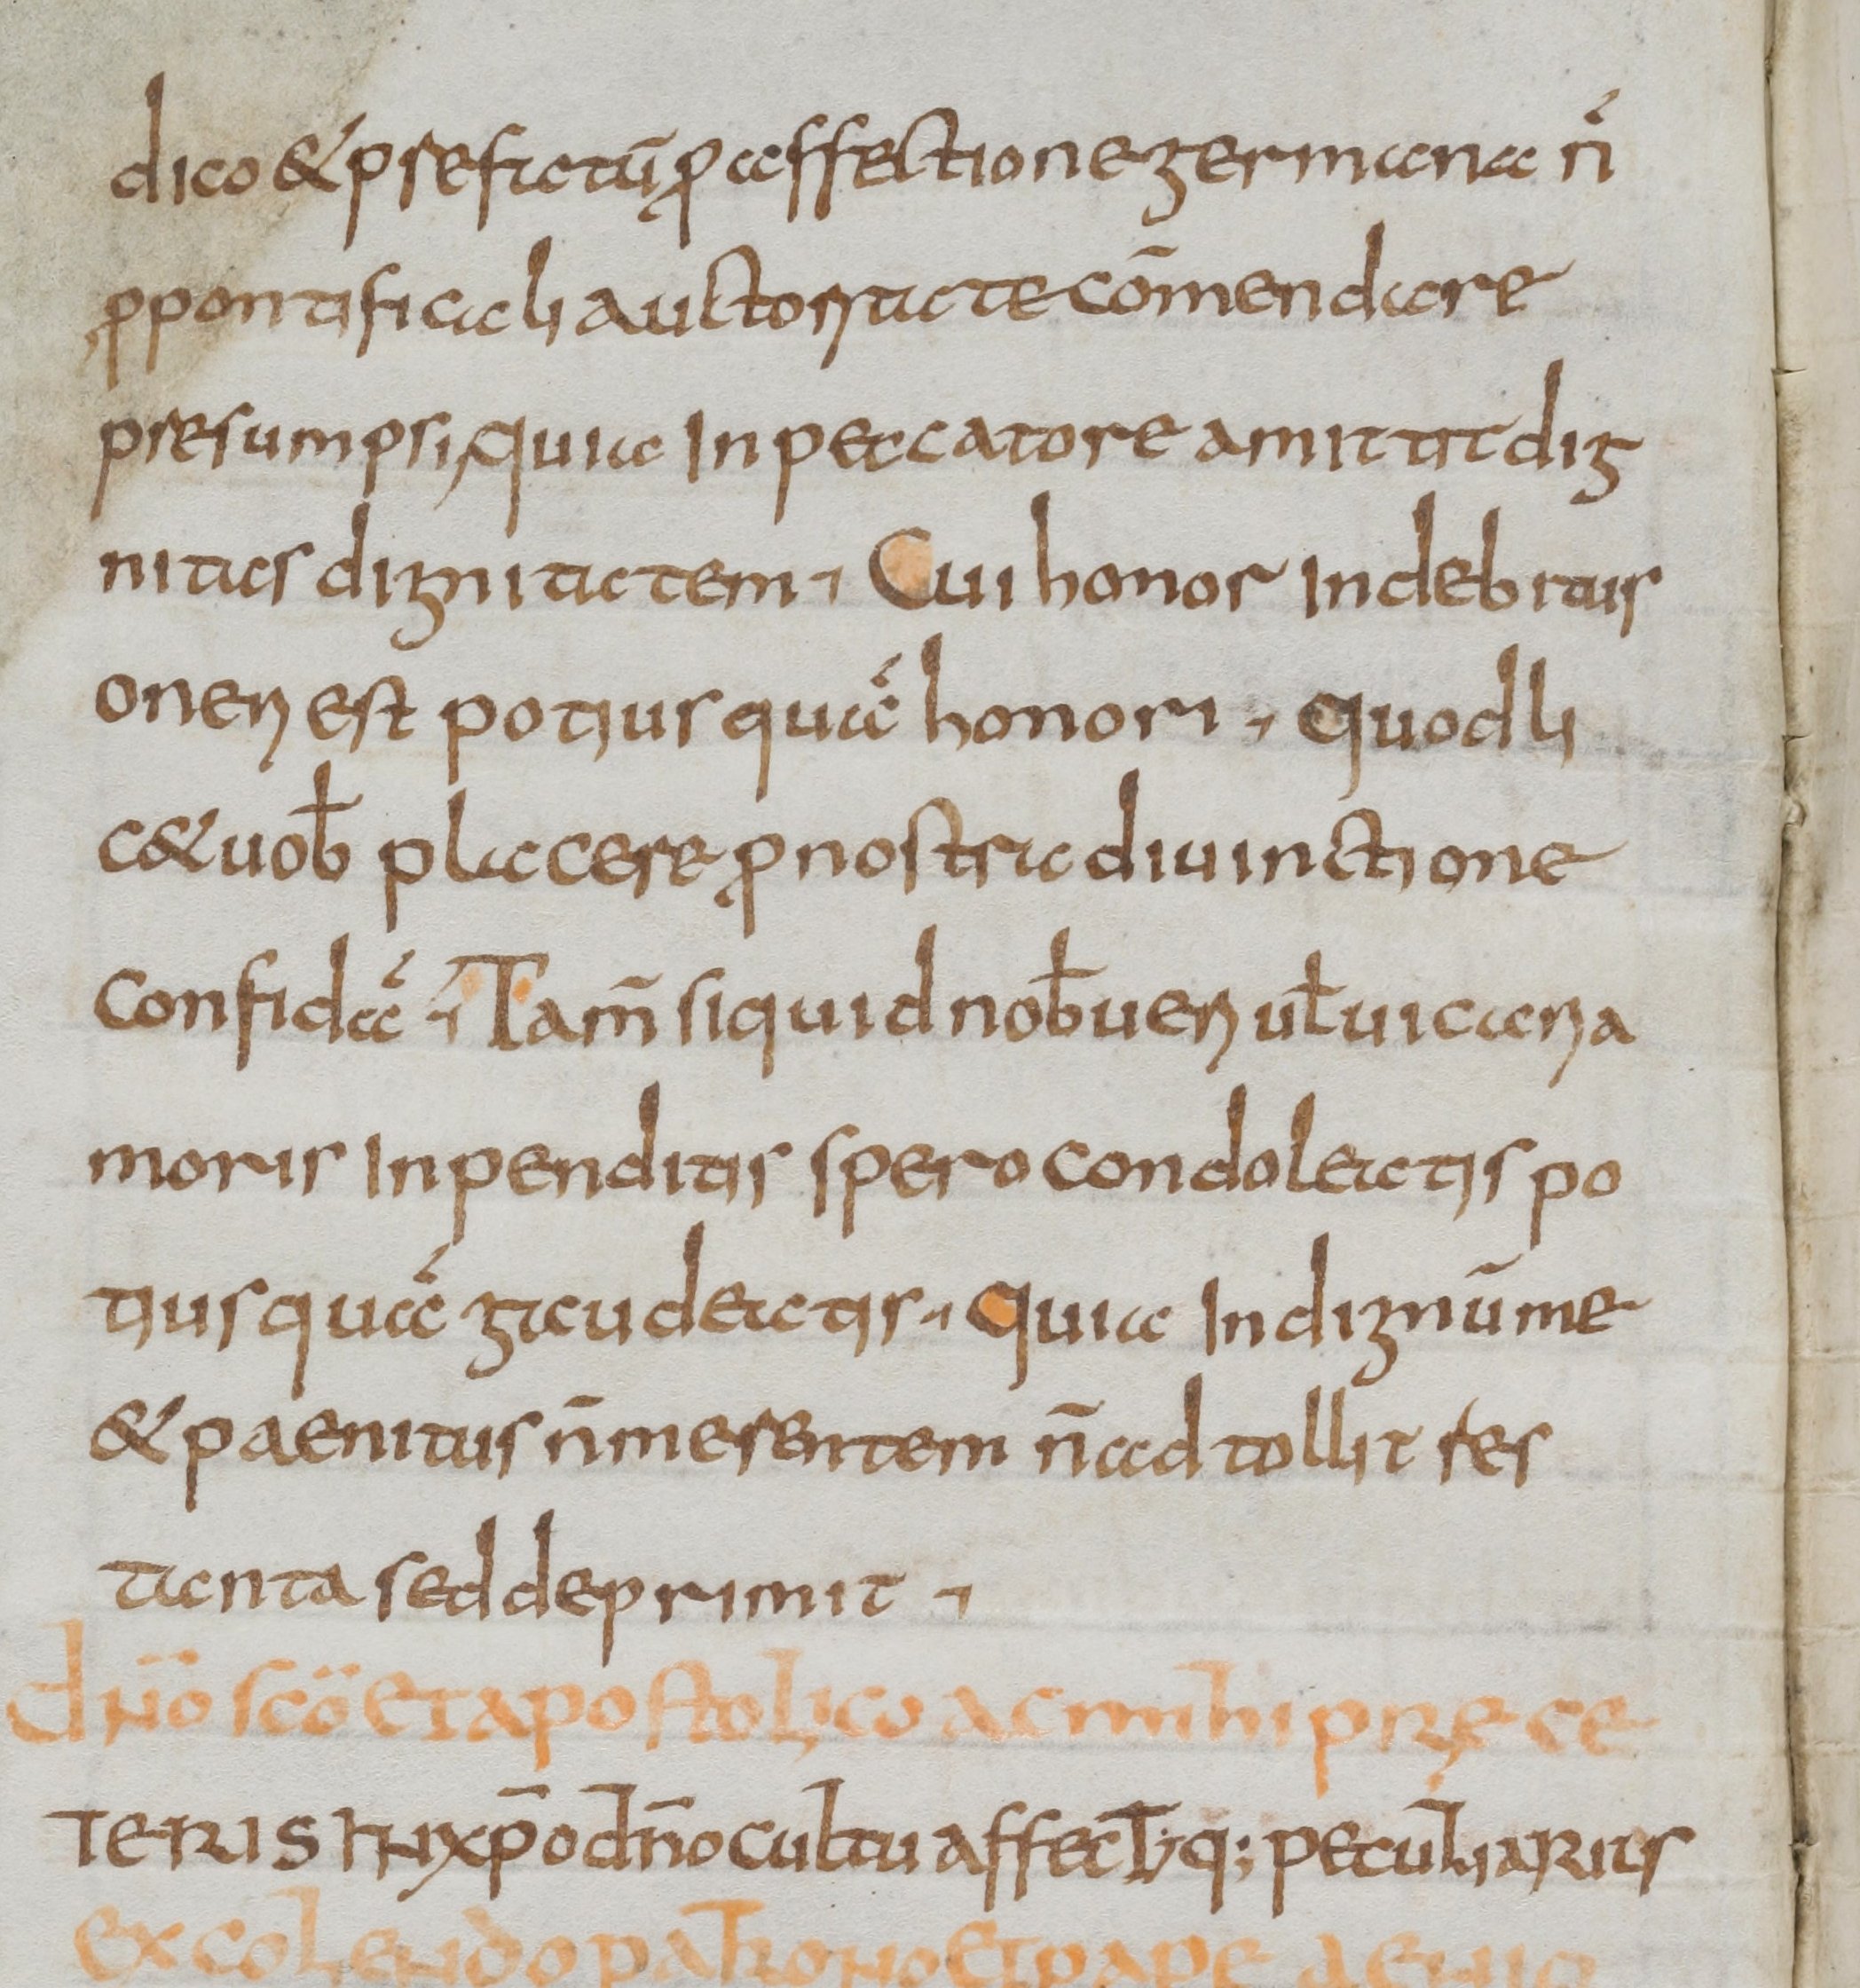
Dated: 800–899